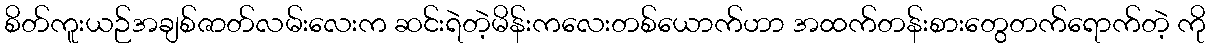
စိတ်ကူးယဉ်အချစ်ဇာတ်လမ်းလေးက ဆင်းရဲတဲ့မိန်းကလေးတစ်ယောက်ဟာ အထက်တန်းစားတွေတက်ရောက်တဲ့ ကို